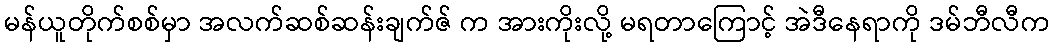
မန်ယူတိုက်စစ်မှာ အလက်ဆစ်ဆန်းချက်ဇ် က အားကိုးလို့ မရတာကြောင့် အဲဒီနေရာကို ဒမ်ဘီလီက